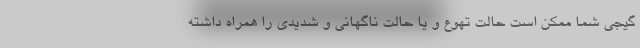
گیجی شما ممکن است حالت تهوع و یا حالت ناگهانی و شدیدی را همراه داشته